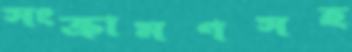
সংক্রামণসহ